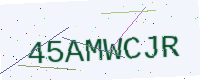
Text: 45AMWCJR